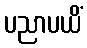
ပညာပယိံ